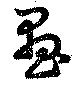
画